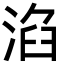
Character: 淊